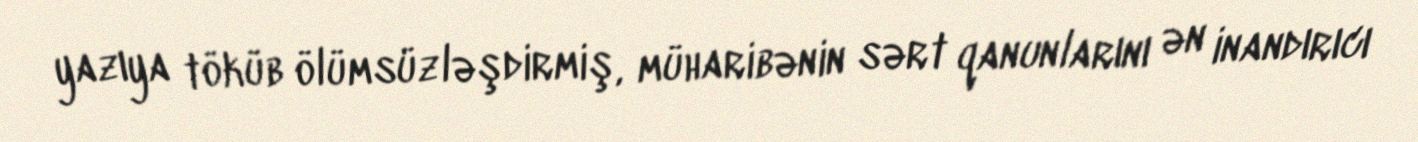
yazıya töküb ölümsüzləşdirmiş, müharibənin sərt qanunlarını ən inandırıcı